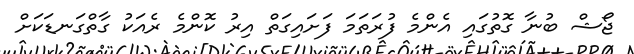
ޖޯޝް ބުނާ ގޮތުގައި އެންމެ ފުރަތަމަ ފަށައިގަތް އިރު ކޮންމެ ރެއަކު ގާތްގަނޑަކަށް